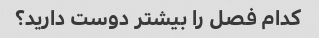
کدام فصل را بیشتر دوست دارید؟